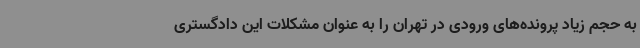
به حجم زیاد پرونده‌های ورودی در تهران را به عنوان مشکلات این دادگستری